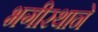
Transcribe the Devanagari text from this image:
भगीरथाने